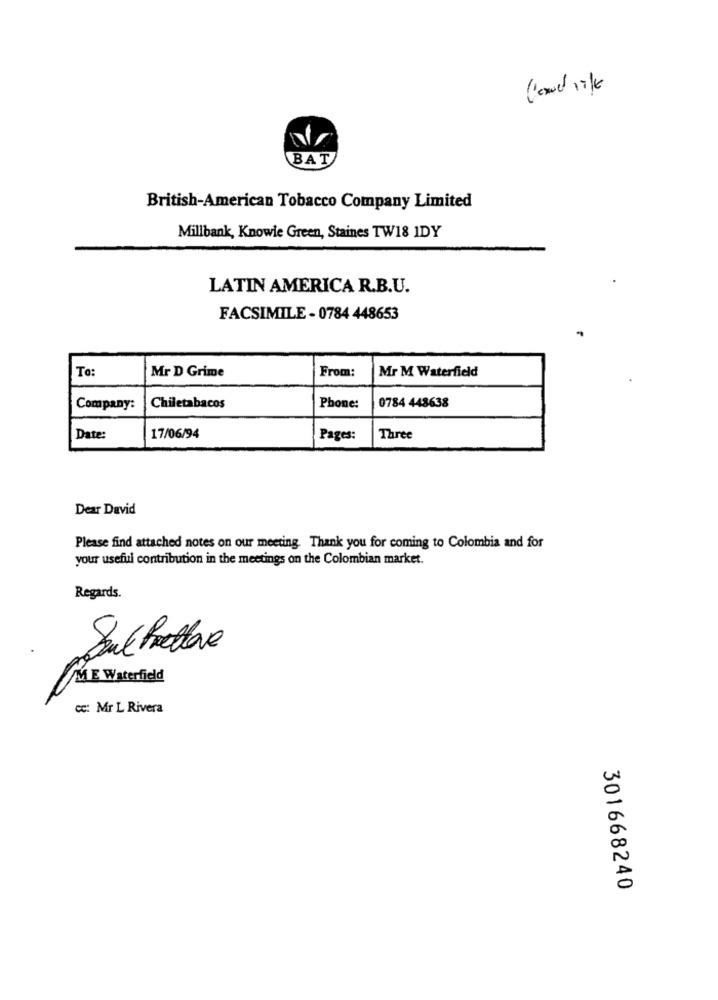
Cond ik
BAT
British-American Tobacco Company Limited
Millbank, Knowie Green, Staines TW18 IDY
LATIN AMERICA R.B.U.
FACSIMILE - 0784 448653
To:
From:
Mr M Waterfield
Mr D Grime
0784 448638
Company:
Chiletabacos
Phone:
Date:
17/06/94
Pages:
Three
Dear David
Please find attached notes on our meeting. Thank you for coming to Colombia and for
your useful contribution in the meetings on the Colombian market.
Regards
/M E Waterfield
cc: Mr L Rivera
301668240